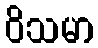
ဝိသမာ